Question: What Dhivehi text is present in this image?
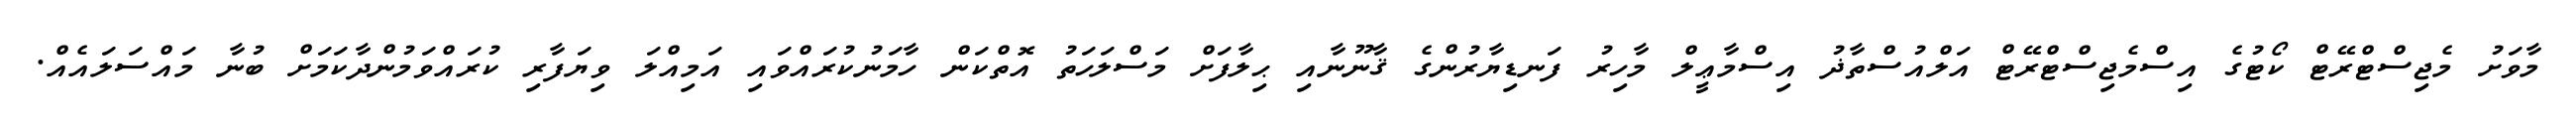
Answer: މާވަށު މެޖިސްޓްރޭޓް ކޯޓުގެ އިސްމެޖިސްޓްރޭޓް އަލްއުސްތާޛު އިސްމާޢީލް މާހިރު ފަނޑިޔާރުންގެ ޤާނޫނާއި ޙިލާފަށް މަސްލަހަތު އޮތްކަން ހާމަނުކުރައްވައި އަމިއްލަ ވިޔަފާރި ކުރައްވަމުންދާކަމަށް ބުނާ މައްސަލައެއް.